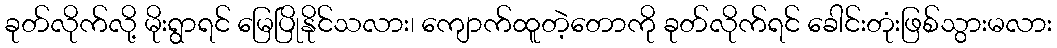
ခုတ်လိုက်လို့ မိုးရွာရင် မြေပြိုနိုင်သလား၊ ကျောက်ထူတဲ့တောကို ခုတ်လိုက်ရင် ခေါင်းတုံးဖြစ်သွားမလား